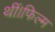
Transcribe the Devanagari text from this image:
थीं।फिल्म